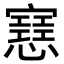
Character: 𢤑